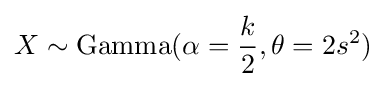
X\sim {\text{Gamma}}(\alpha ={\frac {k}{2}},\theta =2s^{2})